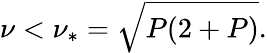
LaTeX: \nu<\nu_{*}=\sqrt{P(2+P)}.